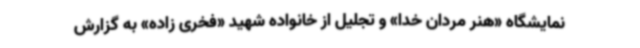
نمایشگاه «هنر مردان خدا» و تجلیل از خانواده شهید «فخری زاده» به گزارش